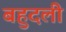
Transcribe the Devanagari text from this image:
बहुदली